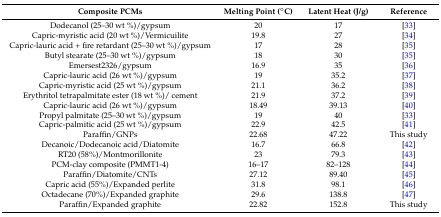
<table><thead><tr><td><b>Composite PCMs</b></td><td><b>Melting Point (°C)</b></td><td><b>Latent Heat (J/g)</b></td><td><b>Reference</b></td></tr></thead><tbody><tr><td>Dodecanol (25–30 wt %)/gypsum</td><td>20</td><td>17</td><td>[33]</td></tr><tr><td>Capric-myristic acid (20 wt %)/Vermicuilite</td><td>19.8</td><td>27</td><td>[34]</td></tr><tr><td>Capric-lauric acid + fire retardant (25–30 wt %)/gypsum</td><td>17</td><td>28</td><td>[35]</td></tr><tr><td>Butyl stearate (25–30 wt %)/gypsum</td><td>18</td><td>30</td><td>[35]</td></tr><tr><td>Emersest2326/gypsum</td><td>16.9</td><td>35</td><td>[36]</td></tr><tr><td>Capric-lauric acid (26 wt %)/gypsum</td><td>19</td><td>35.2</td><td>[37]</td></tr><tr><td>Capric-myristic acid (25 wt %)/gypsum</td><td>21.1</td><td>36.2</td><td>[38]</td></tr><tr><td>Erythritol tetrapalmitate ester (18 wt %)/ cement</td><td>21.9</td><td>37.2</td><td>[39]</td></tr><tr><td>Capric-lauric acid (26 wt %)/gypsum</td><td>18.49</td><td>39.13</td><td>[40]</td></tr><tr><td>Propyl palmitate (25–30 wt %)/gypsum</td><td>19</td><td>40</td><td>[33]</td></tr><tr><td>Capric-palmitic acid (25 wt %)/gypsum</td><td>22.9</td><td>42.5</td><td>[41]</td></tr><tr><td>Paraffin/GNPs</td><td>22.68</td><td>47.22</td><td>This study</td></tr><tr><td>Decanoic/Dodecanoic acid/Diatomite</td><td>16.7</td><td>66.8</td><td>[42]</td></tr><tr><td>RT20 (58%)/Montmorillonite</td><td>23</td><td>79.3</td><td>[43]</td></tr><tr><td>PCM-clay composite (PMMT1-4)</td><td>16–17</td><td>82–128</td><td>[44]</td></tr><tr><td>Paraffin/Diatomite/CNTs</td><td>27.12</td><td>89.40</td><td>[45]</td></tr><tr><td>Capric acid (55%)/Expanded perlite</td><td>31.8</td><td>98.1</td><td>[46]</td></tr><tr><td>Octadecane (70%)/Expanded graphite</td><td>29.6</td><td>138.8</td><td>[47]</td></tr><tr><td>Paraffin/Expanded graphite</td><td>22.82</td><td>152.8</td><td>This study</td></tr></tbody></table>